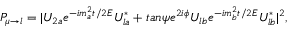
P _ { \mu \rightarrow l } = | U _ { 2 a } e ^ { - i m _ { a } ^ { 2 } t / 2 E } U _ { l a } ^ { * } + t a n \psi e ^ { 2 i \phi } U _ { l b } e ^ { - i m _ { b } ^ { 2 } t / 2 E } U _ { l b } ^ { * } | ^ { 2 } ,